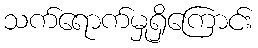
သက်ရောက်မှုရှိကြောင်း